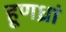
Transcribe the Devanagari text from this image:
हूणध्रां